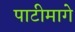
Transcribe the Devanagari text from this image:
पाटीमागे